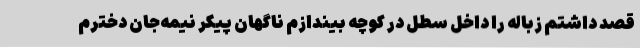
قصد داشتم زباله را داخل سطل در کوچه بیندازم ناگهان پیکر نیمه‌جان دخترم